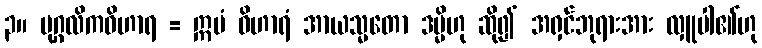
၃။ ပုဂ္ဂလိကဝိဟာရ = ဣမံ ဝိဟာရံ အာယသ္မတော ဒမ္မိဟု ဆို၍ အရှင်ဘုရားအား လှူပါ၏ဟု